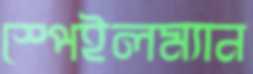
স্পেইলম্যান